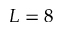
L = 8